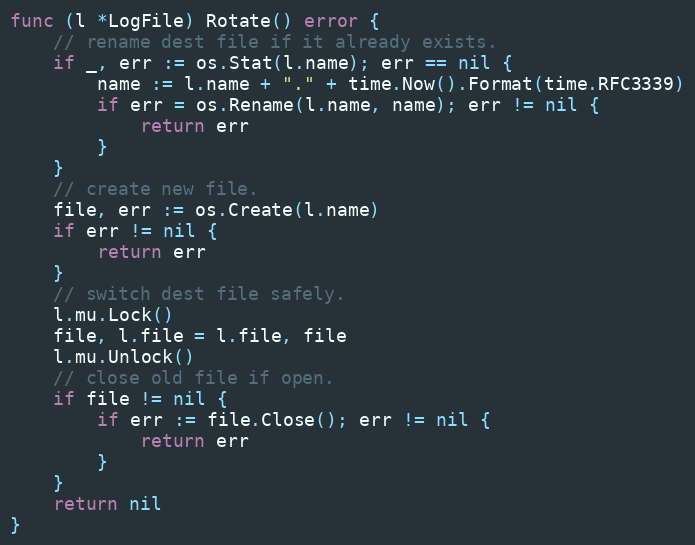
Language: Go
func (l *LogFile) Rotate() error {
	// rename dest file if it already exists.
	if _, err := os.Stat(l.name); err == nil {
		name := l.name + "." + time.Now().Format(time.RFC3339)
		if err = os.Rename(l.name, name); err != nil {
			return err
		}
	}
	// create new file.
	file, err := os.Create(l.name)
	if err != nil {
		return err
	}
	// switch dest file safely.
	l.mu.Lock()
	file, l.file = l.file, file
	l.mu.Unlock()
	// close old file if open.
	if file != nil {
		if err := file.Close(); err != nil {
			return err
		}
	}
	return nil
}